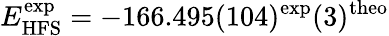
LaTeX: E_{\mathrm{HFS}}^{\mathrm{exp}}=-166.495(104)^{\mathrm{exp}}(3)^{\mathrm{theo}}